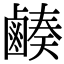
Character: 𪉮